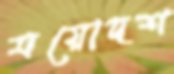
ত্রয়োদশ